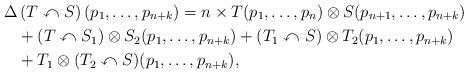
LaTeX: \begin{align*} \Delta & \left(T \curvearrowleft S \right) (p_1, \ldots, p_{n+k}) = n \times T(p_1, \ldots, p_n) \otimes S(p_{n+1}, \ldots, p_{n+k}) \\& + (T \curvearrowleft S_1) \otimes S_2 (p_1, \ldots, p_{n+k}) + (T_1 \curvearrowleft S) \otimes T_2 (p_1, \ldots, p_{n+k}) \\&+ T_1 \otimes (T_2 \curvearrowleft S) (p_1, \ldots, p_{n+k}),\end{align*}